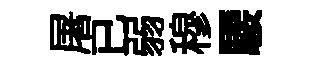
屠已弱穆騕